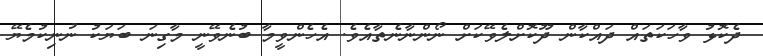
ދެކޮޅު ވާހަކަތައް ދައްކާން ދޫކޮށްލެވޭކަށް ނޯންނާނެތާއެވެ. އެހެންވީމާ ބުނެވޭނީ މާގިނަ ބަޔަކު ނުނިކުމެޔޭ